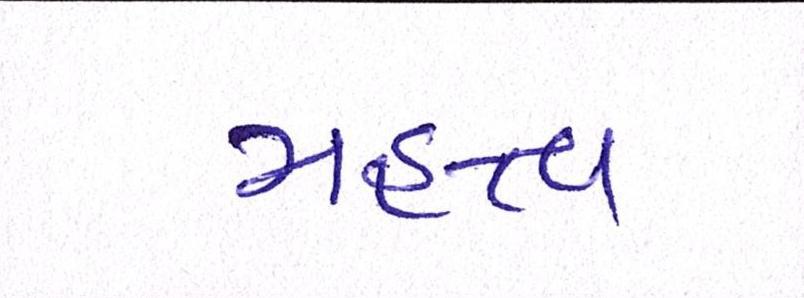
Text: મહત્વ